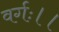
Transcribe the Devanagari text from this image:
वर्गः।।